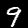
Label: 9